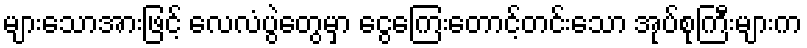
များသောအားဖြင့် လေလံပွဲတွေမှာ ငွေကြေးတောင့်တင်းသော အုပ်စုကြီးများက